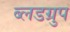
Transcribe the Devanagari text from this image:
ब्लडग्रुप